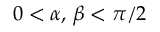
0 < \alpha , \, \beta < \pi / 2